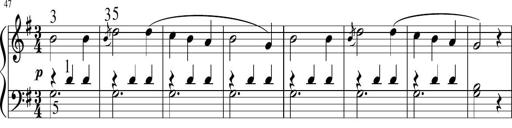
Title: 6 Instructive Sonatinas
Composer: Jacob Schmitt